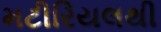
મટીરિયલથી